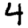
Digit: 4